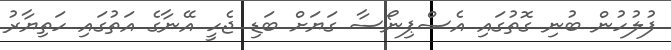
ފުލުހުން ބުނި ގޮތުގައި އެސްޕިނޯސާ ގަޔަށް ބަޑި ޖެހީ އޭނާގެ އަތުގައި ހަތިޔާރު